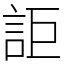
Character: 詎